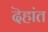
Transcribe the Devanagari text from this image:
दॆहांत